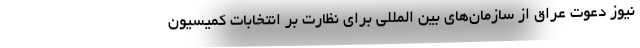
نیوز دعوت عراق از سازمان‌های بین المللی برای نظارت بر انتخابات کمیسیون